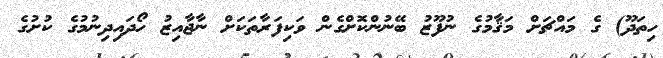
ހިތަދޫ) ގެ މައްޗަށް މަޤާމުގެ ނުފޫޒު ބޭނުންކޮށްގެން ވަކިފަރާތަކަށް ނާޖާއިޒު ހޯދައިދިނުމުގެ ކުށުގެ